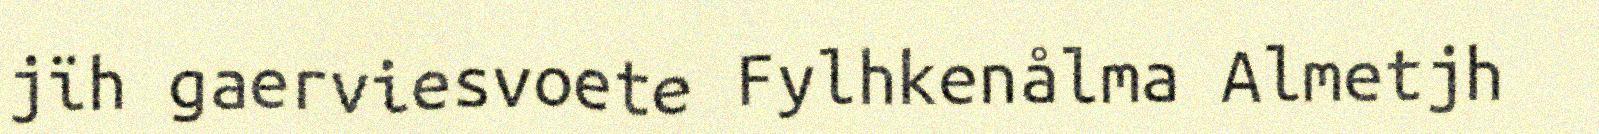
jïh gaerviesvoete Fylhkenålma Almetjh